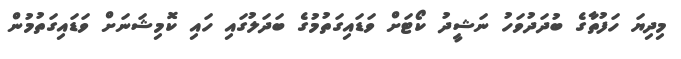
މިދިޔަ ހަފުތާގެ ބުދަދުވަހު ނަޝީދު ކޯޓަށް ވަޑައިގަތުމުގެ ބަދަލުގައި ހައި ކޮމިޝަނަށް ވަޑައިގަތުމުން